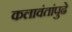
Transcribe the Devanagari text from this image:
कलावंतांपुढे